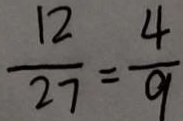
\frac { 1 2 } { 2 7 } = \frac { 4 } { 9 }